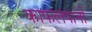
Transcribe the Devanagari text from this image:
काफलपानी